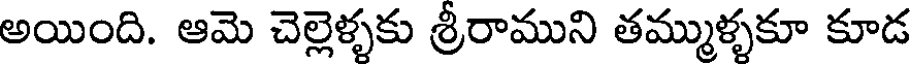
అయింది. ఆమె చెల్లెళ్ళకు శ్రీరాముని తమ్ముళ్ళకూ కూడ